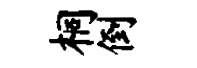
桐倒